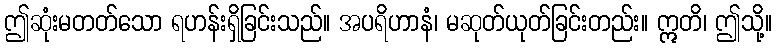
ဤဆုံးမတတ်သော ရဟန်းရှိခြင်းသည်။ အပရိဟာနံ၊ မဆုတ်ယုတ်ခြင်းတည်း။ ဣတိ၊ ဤသို့။